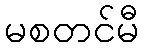
မစတင်မီ